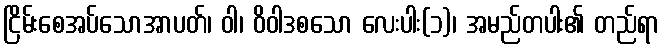
ငြိမ်းစေအပ်သောအာပတ်၊ ဝါ၊ ဝိဝါဒစသော လေးပါး(၁)၊ အမည်တပါး၏ တည်ရာ